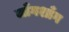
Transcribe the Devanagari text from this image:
जाँगशाँग